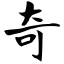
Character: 奇